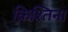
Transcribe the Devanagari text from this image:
क्रिश्तिना